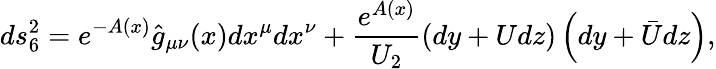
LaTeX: ds_{6}^{2}=e^{-A(x)}\hat{g}_{\mu\nu}(x)dx^{\mu}dx^{\nu}+\frac{e^{A(x)}}{U_{2}}\left(dy+Udz\right)\left(dy+\bar{U}dz\right),